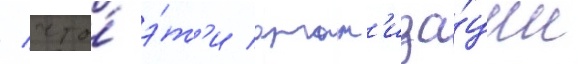
/ что́ э́т'и орган'иза́ции